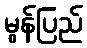
မွန်ပြည်